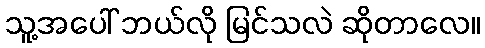
သူ့အပေါ် ဘယ်လို မြင်သလဲ ဆိုတာလေ။